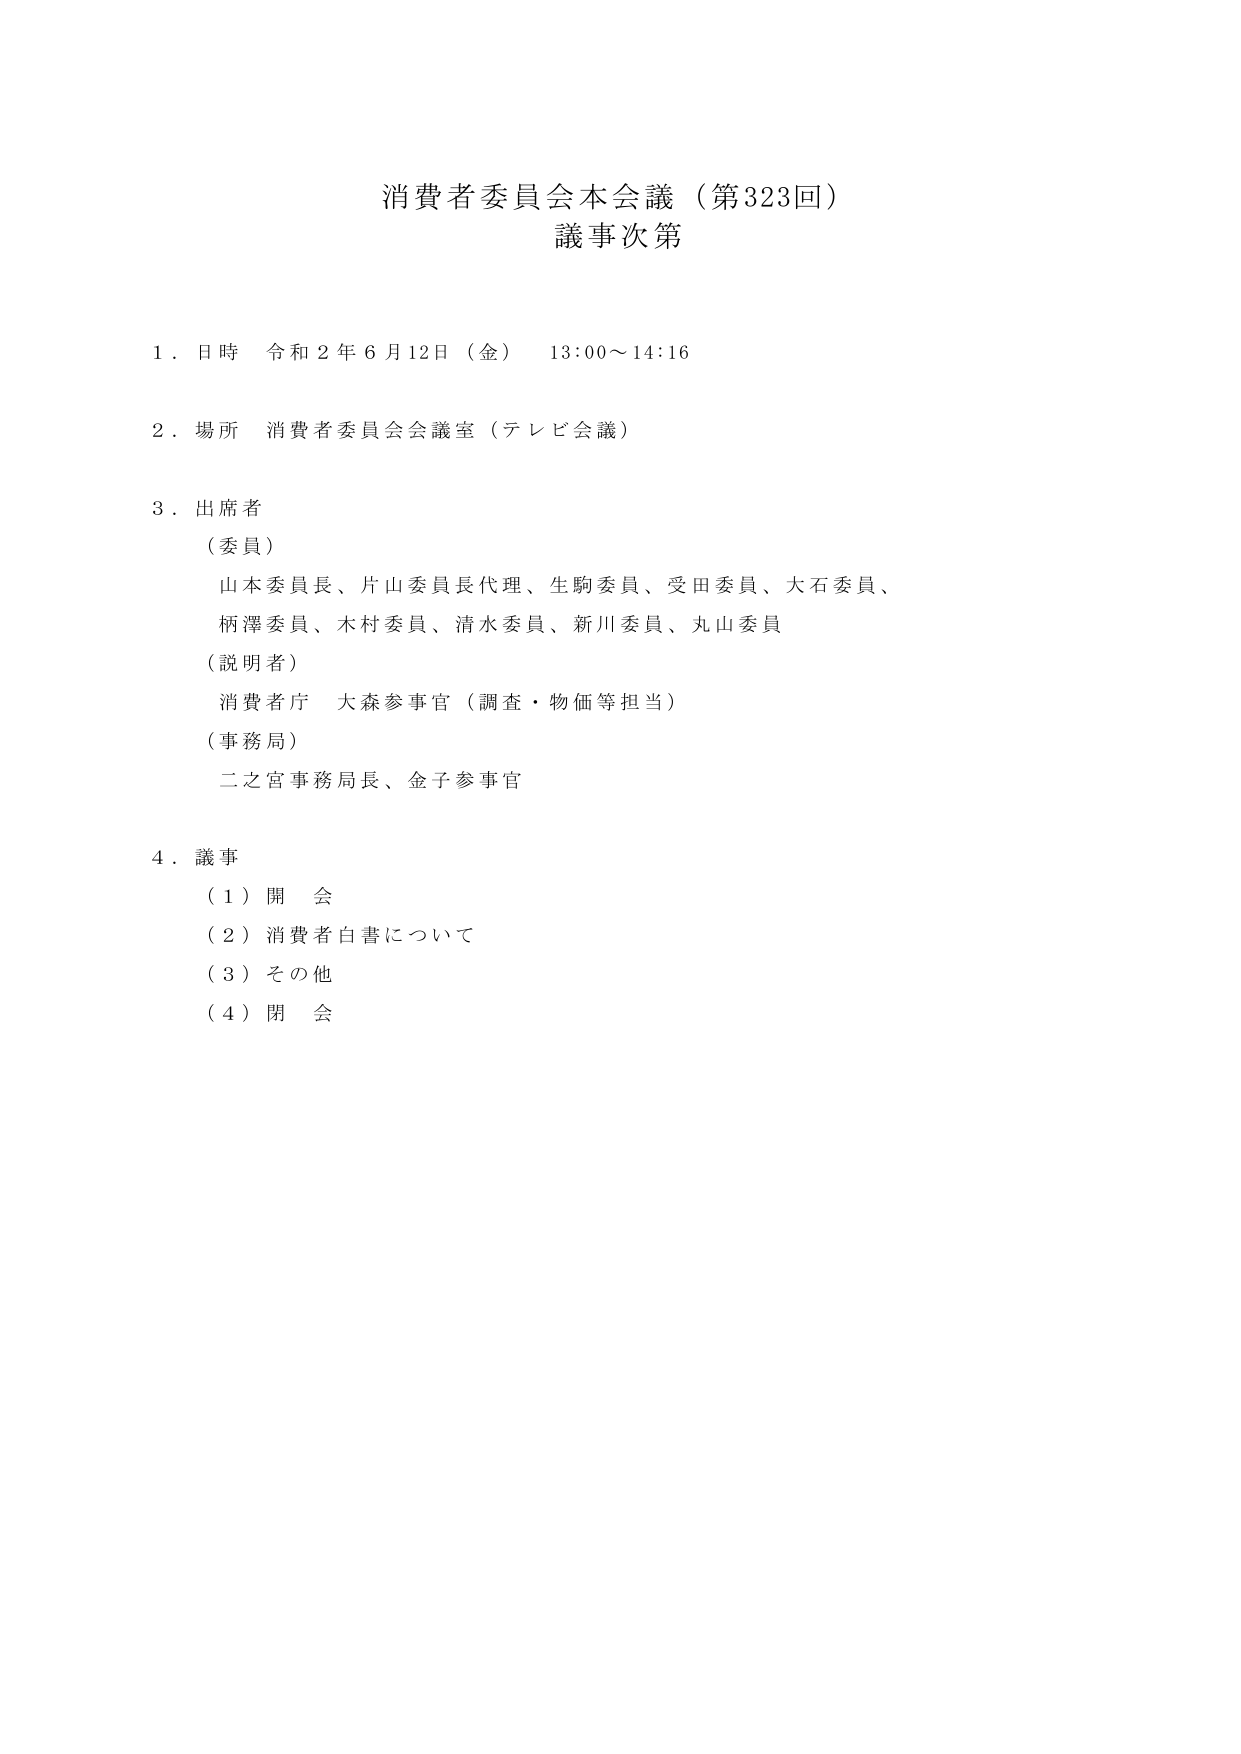
消費者委員会本会議（第323回）
議事次第

１．日時　令和２年６月12日（金）　13:00～14:16

２．場所　消費者委員会会議室（テレビ会議）

３．出席者
　（委員）
　　山本委員長、片山委員長代理、生駒委員、受田委員、大石委員、
　　柄澤委員、木村委員、清水委員、新川委員、丸山委員
　（説明者）
　　消費者庁　大森参事官（調査・物価等担当）
　（事務局）
　　二之宮事務局長、金子参事官

４．議事
　（１）開会
　（２）消費者白書について
　（３）その他
　（４）閉会